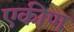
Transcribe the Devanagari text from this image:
एकीण